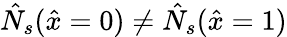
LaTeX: \hat{N}_{s}(\hat{x}=0)\neq\hat{N}_{s}(\hat{x}=1)